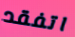
اتفقد